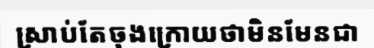
ស្រាប់តែចុងក្រោយថាមិនមែនជា